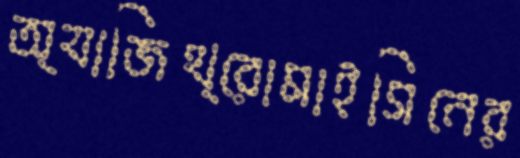
অ্যাজিথ্রোমাইসিনের